Rangoon Lunatic Asylum 1893-1897 - 1893-1897
Year: 1893
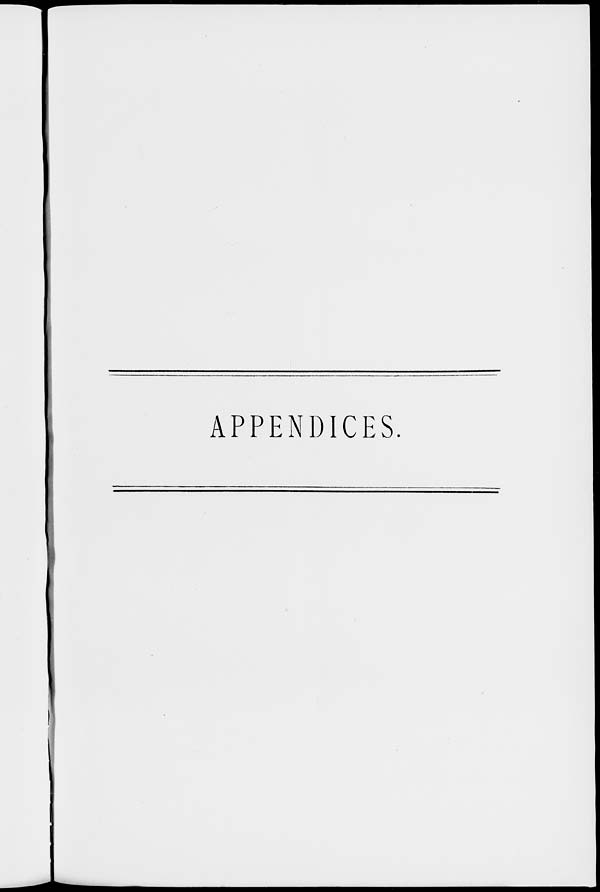
APPENDICES.